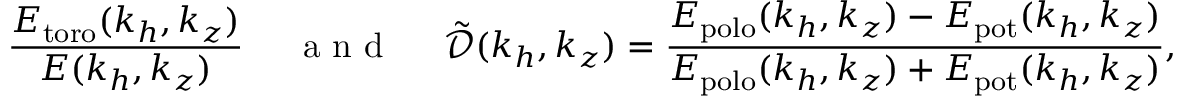
\frac { E _ { \mathrm { t o r o } } ( k _ { h } , k _ { z } ) } { E ( k _ { h } , k _ { z } ) } ~ ~ ~ ~ \mathrm { ~ a ~ n ~ d ~ } ~ ~ ~ ~ \tilde { \mathcal { D } } ( k _ { h } , k _ { z } ) = \frac { E _ { \mathrm { p o l o } } ( k _ { h } , k _ { z } ) - E _ { \mathrm { p o t } } ( k _ { h } , k _ { z } ) } { E _ { \mathrm { p o l o } } ( k _ { h } , k _ { z } ) + E _ { \mathrm { p o t } } ( k _ { h } , k _ { z } ) } ,